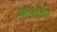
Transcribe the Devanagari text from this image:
लेज़रजेट